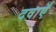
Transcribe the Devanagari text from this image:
दवाऍं